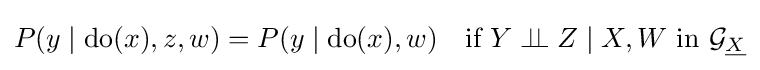
P(y\mid \mathrm {do} (x),z,w)=P(y\mid \mathrm {do} (x),w)\quad {\text{if }}Y\perp \!\!\!\perp Z\mid X,W{\text{ in }}{\mathcal {G}}_{\underline {X}}